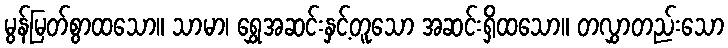
မွန်မြတ်စွာထသော။ သာမာ၊ ရွှေအဆင်းနှင့်တူသော အဆင်းရှိထသော။ တလွှာတည်းသော